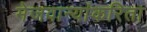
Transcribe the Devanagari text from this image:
मेजवान्यांकरिता